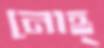
নোহ্